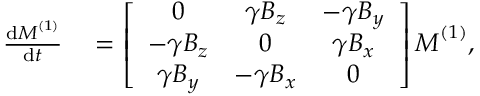
\begin{array} { r l } { \frac { \mathrm { d } \boldsymbol { M } ^ { ( 1 ) } } { \mathrm { d } t } } & { { } = \left[ \begin{array} { c c c } { 0 } & { \gamma B _ { z } } & { - \gamma B _ { y } } \\ { - \gamma B _ { z } } & { 0 } & { \gamma B _ { x } } \\ { \gamma B _ { y } } & { - \gamma B _ { x } } & { 0 } \end{array} \right] \boldsymbol { M } ^ { ( 1 ) } , } \end{array}